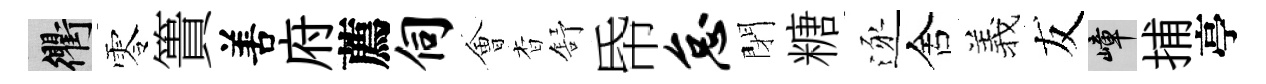
衢零簣𠵊府薦伺㑹杳舒帋怠閉糖逐舍羲友嶂捕亭